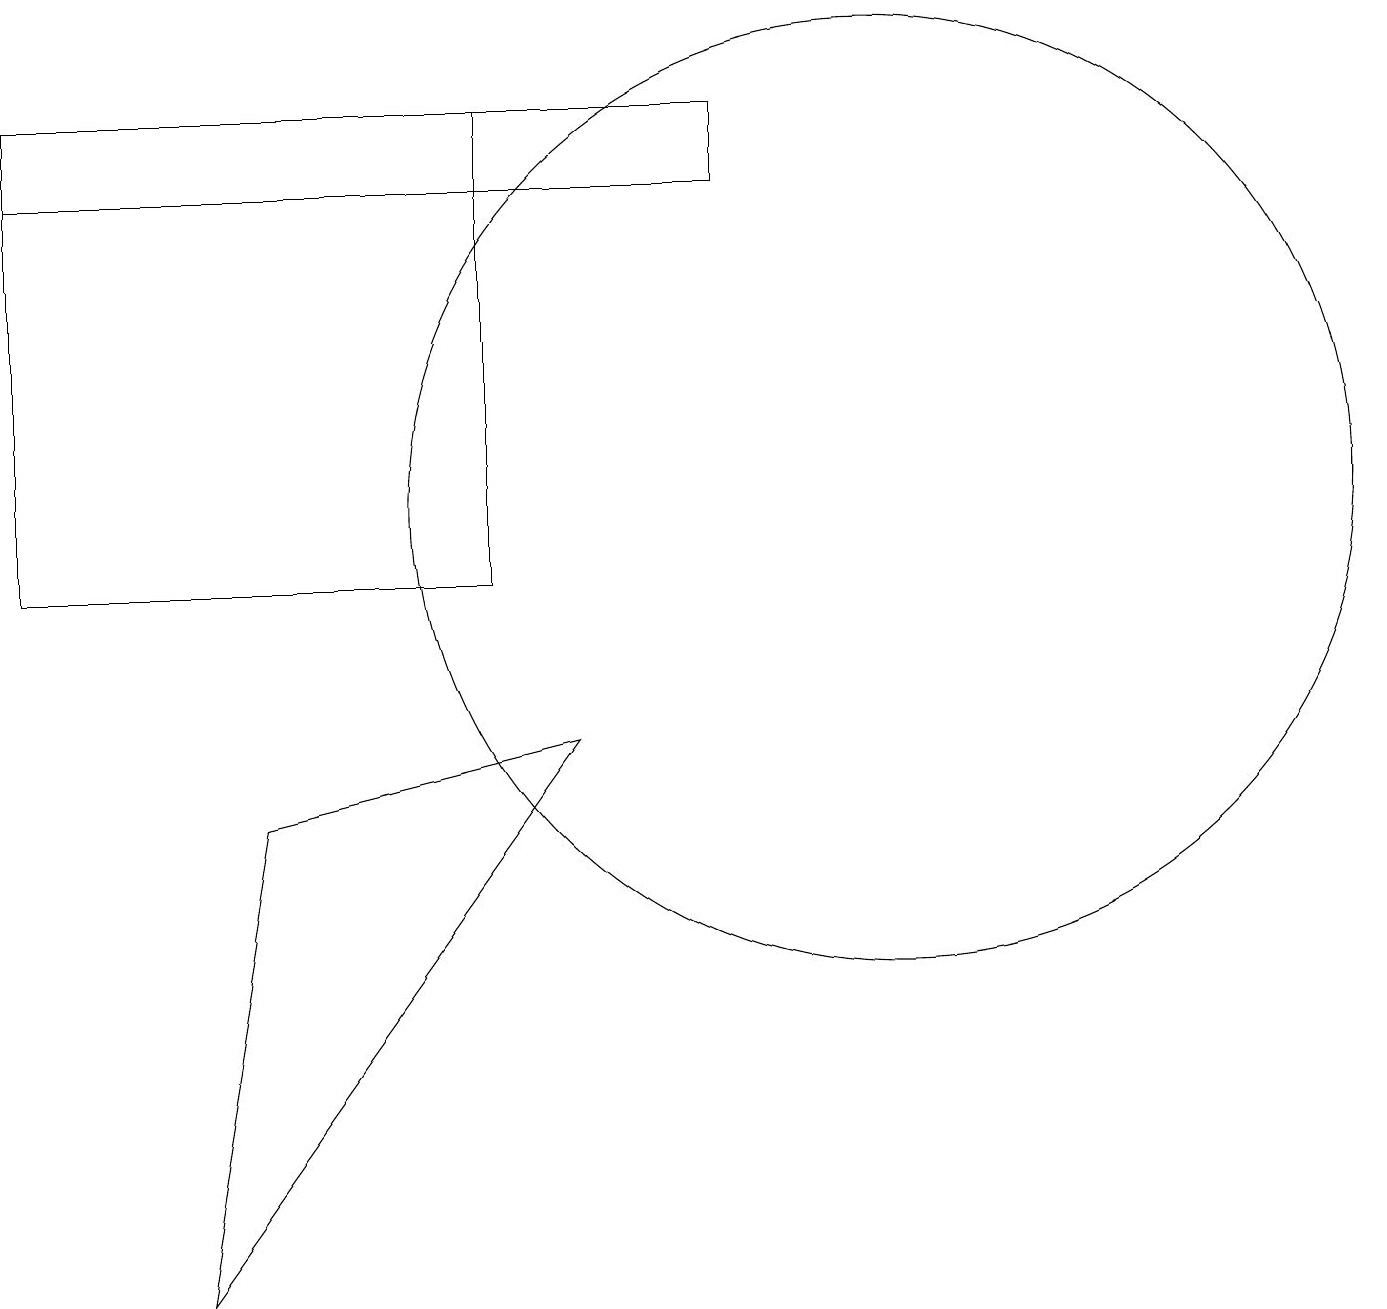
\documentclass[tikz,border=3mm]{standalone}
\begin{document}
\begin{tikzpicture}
\draw (0,16) rectangle (9,15);
\draw (6,16) rectangle (0,10);
\draw (2,1) -- (3,7) -- (7,8) -- cycle;
\draw (11,11) circle (6);
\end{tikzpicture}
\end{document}